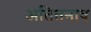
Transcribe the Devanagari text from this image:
अतितनाव